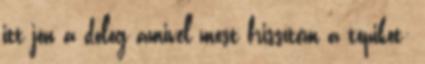
itt jön a dolog amivel most frissítem a topikot: